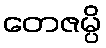
တေဇမ္ပိ